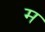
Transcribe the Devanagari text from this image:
मॣ